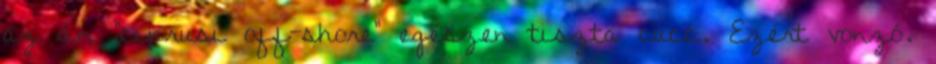
az ún "ciprusi off-shore" egészen tiszta cucc. Ezért vonzó.